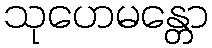
သုဟေမန္တော